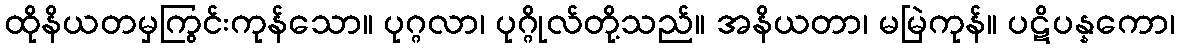
ထိုနိယတမှကြွင်းကုန်သော။ ပုဂ္ဂလာ၊ ပုဂ္ဂိုလ်တို့သည်။ အနိယတာ၊ မမြဲကုန်။ ပဋိပန္နကော၊